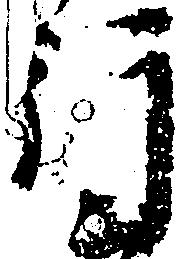
行